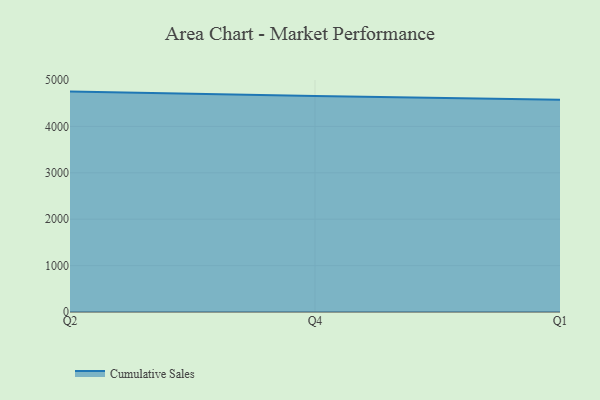
{"axis": {"x": "Quarter", "y": "Market Share (%)"}, "legend": ["Cumulative Sales"], "data": [{"x": "Q2", "y": 4750.2, "type": "Cumulative Sales"}, {"x": "Q4", "y": 4654.4, "type": "Cumulative Sales"}, {"x": "Q1", "y": 4577.1, "type": "Cumulative Sales"}]}